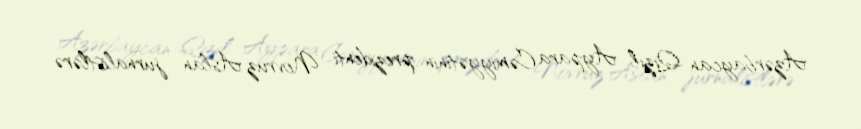
Azərbaycan Qızıl Aypara Cəmiyyətinin prezidenti Novruz Aslan jurnalistlərə